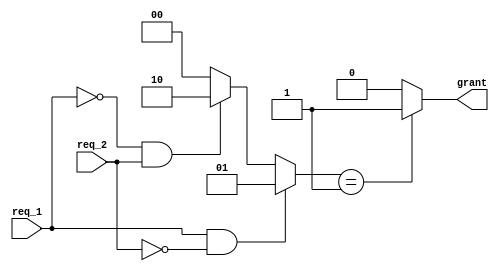
module priority_arbiter (
    input wire req_1,
    input wire req_2,
    output reg grant
);

reg [1:0] priority;

always @* begin
    if (req_1 && !req_2)
        priority <= 2'b01; // prioritize req_1 over req_2
    else if (!req_1 && req_2)
        priority <= 2'b10; // prioritize req_2 over req_1
    else
        priority <= 2'b00; // equal priority
end

always @* begin
    case (priority)
        2'b01: grant = 1'b1; // grant access to req_1
        2'b10: grant = 1'b0; // grant access to req_2
        default: grant = 1'b0; // default grant
    endcase
end

endmodule